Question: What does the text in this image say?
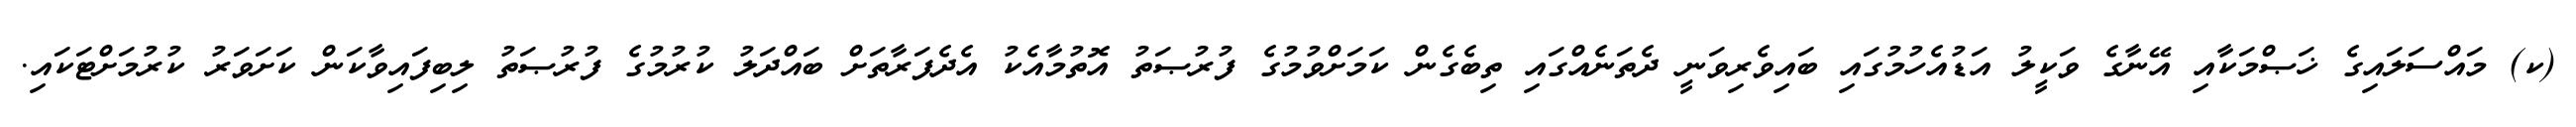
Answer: (ކ) މައްސަލައިގެ ޚަޞްމަކާއި އޭނާގެ ވަކީލު އަޑުއެހުމުގައި ބައިވެރިވަނީ ދެތަނެއްގައި ތިބެގެން ކަމަށްވުމުގެ ފުރުޞަތު އޮތުމާއެކު އެދެފަރާތަށް ބައްދަލު ކުރުމުގެ ފުރުޞަތު ލިބިފައިވާކަން ކަށަވަރު ކުރުމަށްޓަކައި.